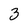
Character: 3